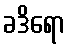
ခဒိရော